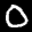
Label: 0